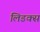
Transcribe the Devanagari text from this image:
लिडक्स